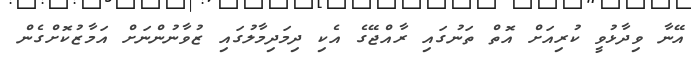
އޭނާ ވިދާޅުވީ ކުރިއަށް އޮތް ތަނުގައި ރާއްޖޭގެ އެކި ދިމަދިމާލުގައި ޒުވާނުންނަށް އަމާޒުކޮށްގެން